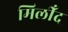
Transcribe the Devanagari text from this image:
मिलीँद